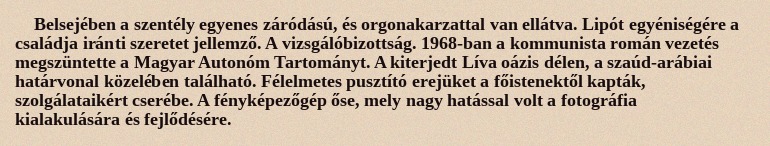
Belsejében a szentély egyenes záródású, és orgonakarzattal van ellátva. Lipót egyéniségére a családja iránti szeretet jellemző. A vizsgálóbizottság. 1968-ban a kommunista román vezetés megszüntette a Magyar Autonóm Tartományt. A kiterjedt Líva oázis délen, a szaúd-arábiai határvonal közelében található. Félelmetes pusztító erejüket a főistenektől kapták, szolgálataikért cserébe. A fényképezőgép őse, mely nagy hatással volt a fotográfia kialakulására és fejlődésére.